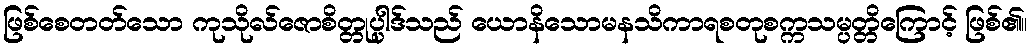
ဖြစ်စေတတ်သော ကုသိုလ်ဇောစိတ္တုပ္ပါဒ်သည် ယောနိသောမနသိကာရစတုစက္ကသမ္ပတ္တိကြောင့် ဖြစ်၏။